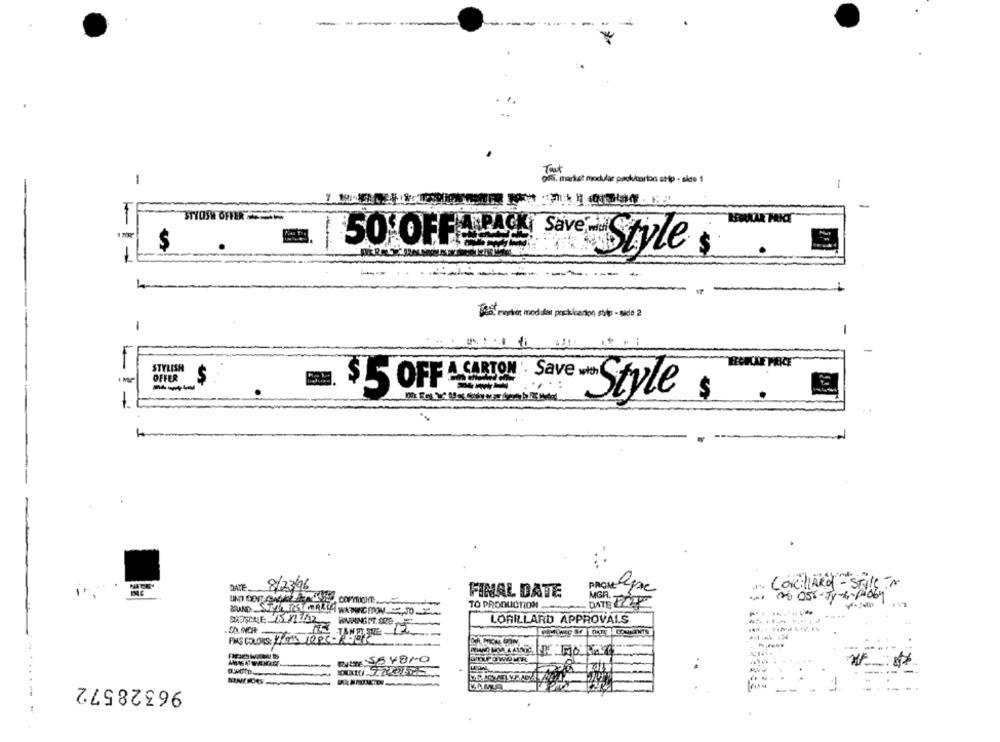
Tout
Of. market modular pack/carton stip - site 1
-
-
STYOSH OFFER
. 50 OFFERPACLT Save,
$
Styles
1
Tas Poder, med dar porkarten, ship - side 2
-
FECHAE PRICE
STYLISH
OFFER
$
$ 5 OFF A CARTON
Style $
DATE.
8/23/96
CokillARd - STIle ? A
FINAL DATE
MGR
TO PRODUCTION
ROUND SUPERSTORELA WAPENCION 10 2
.....
LORILLARD APPROVALS
RUM SEYBIO
96328572